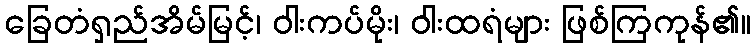
ခြေတံရှည်အိမ်မြင့်၊ ဝါးကပ်မိုး၊ ဝါးထရံများ ဖြစ်ကြကုန်၏။